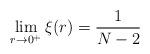
LaTeX: \begin{align*}\displaystyle\lim_{r\rightarrow 0^+} \xi(r)=\frac{1}{N-2}\end{align*}